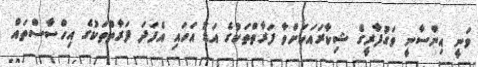
ވަނީ އިންސާނީ ވަގުފާރީގެ ޝިކާރައަކަށްވާ ފަރާތްތަކުގެ އަޑު އަހައި އެފަދަ ފަރާތްތަކުގެ އިހްސާސްތައް